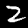
Label: 2